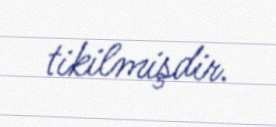
tikilmişdir.